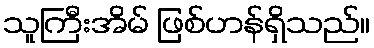
သူကြီးအိမ် ဖြစ်ဟန်ရှိသည်။